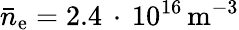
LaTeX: \bar{n}_{\mathrm{e}}=2.4\, \cdot\, 10^{16}\, \mathrm{{m}^{-3}}